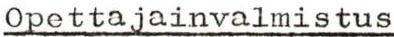
Opettajainvalmistus